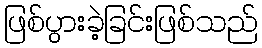
ဖြစ်ပွားခဲ့ခြင်းဖြစ်သည်